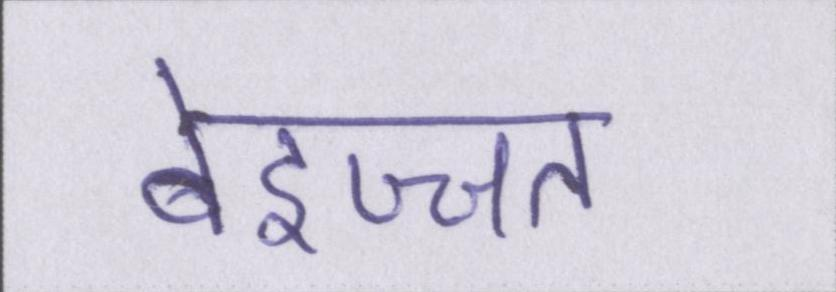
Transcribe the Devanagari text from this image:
बेइज्जत